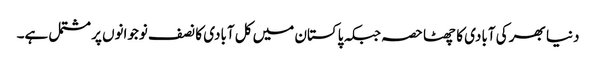
دنیا بھر کی آبادی کا چھٹا حصہ جبکہ پاکستان میں کل آبادی کا نصف نوجوانوں پر مشتمل ہے۔